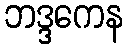
ဘဒ္ဒကေန